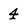
Character: 4